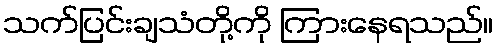
သက်ပြင်းချသံတို့ကို ကြားနေရသည်။